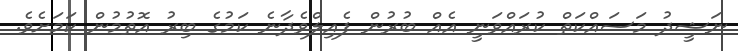
ނަޝީދު މަސައްކަތް ކުރައްވަނީ އެއް ބުރުން ފެއިލްވެދާނެ ކަމުގެ ބިރު އޮތުމުން ކަމަށެވެ.